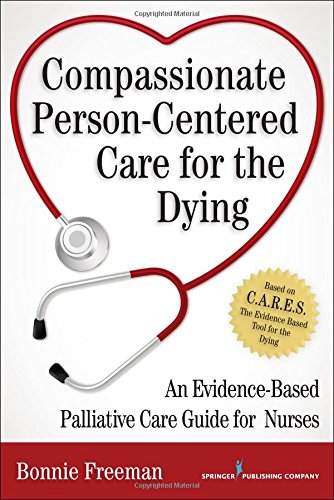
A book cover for Compassionate Person-Centered Care for the Dying: An Evidence-Based Palliative Care Guide For Nurses; Bonnie Freeman RN  DNP  ANP  ACHPN; Medical Books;